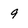
Character: 9